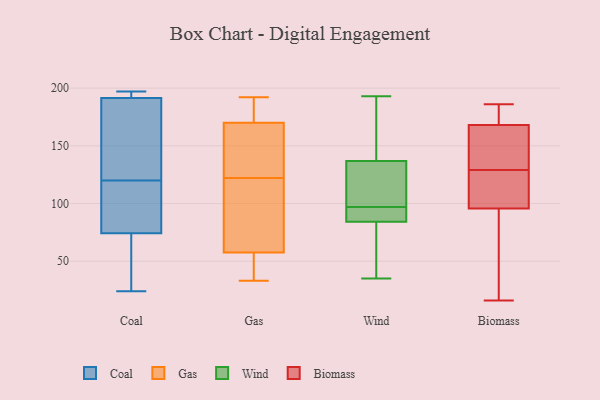
{"axis": {"x": "Customer Acquisition Cost (USD)", "y": "Value"}, "legend": ["Biomass", "Coal", "Gas", "Wind"], "data": [{"x": "", "y": 186, "type": "Coal"}, {"x": "", "y": 80, "type": "Coal"}, {"x": "", "y": 197, "type": "Coal"}, {"x": "", "y": 151, "type": "Coal"}, {"x": "", "y": 180, "type": "Coal"}, {"x": "", "y": 93, "type": "Coal"}, {"x": "", "y": 103, "type": "Coal"}, {"x": "", "y": 50, "type": "Coal"}, {"x": "", "y": 92, "type": "Coal"}, {"x": "", "y": 24, "type": "Coal"}, {"x": "", "y": 196, "type": "Coal"}, {"x": "", "y": 120, "type": "Coal"}, {"x": "", "y": 38, "type": "Coal"}, {"x": "", "y": 57, "type": "Coal"}, {"x": "", "y": 191, "type": "Coal"}, {"x": "", "y": 194, "type": "Coal"}, {"x": "", "y": 193, "type": "Coal"}, {"x": "", "y": 131, "type": "Gas"}, {"x": "", "y": 179, "type": "Gas"}, {"x": "", "y": 74, "type": "Gas"}, {"x": "", "y": 170, "type": "Gas"}, {"x": "", "y": 48, "type": "Gas"}, {"x": "", "y": 186, "type": "Gas"}, {"x": "", "y": 122, "type": "Gas"}, {"x": "", "y": 160, "type": "Gas"}, {"x": "", "y": 87, "type": "Gas"}, {"x": "", "y": 117, "type": "Gas"}, {"x": "", "y": 152, "type": "Gas"}, {"x": "", "y": 83, "type": "Gas"}, {"x": "", "y": 33, "type": "Gas"}, {"x": "", "y": 51, "type": "Gas"}, {"x": "", "y": 192, "type": "Gas"}, {"x": "", "y": 46, "type": "Gas"}, {"x": "", "y": 52, "type": "Gas"}, {"x": "", "y": 170, "type": "Gas"}, {"x": "", "y": 171, "type": "Gas"}, {"x": "", "y": 54, "type": "Wind"}, {"x": "", "y": 94, "type": "Wind"}, {"x": "", "y": 119, "type": "Wind"}, {"x": "", "y": 97, "type": "Wind"}, {"x": "", "y": 193, "type": "Wind"}, {"x": "", "y": 104, "type": "Wind"}, {"x": "", "y": 185, "type": "Wind"}, {"x": "", "y": 94, "type": "Wind"}, {"x": "", "y": 56, "type": "Wind"}, {"x": "", "y": 133, "type": "Wind"}, {"x": "", "y": 162, "type": "Wind"}, {"x": "", "y": 81, "type": "Wind"}, {"x": "", "y": 35, "type": "Wind"}, {"x": "", "y": 138, "type": "Wind"}, {"x": "", "y": 94, "type": "Wind"}, {"x": "", "y": 151, "type": "Biomass"}, {"x": "", "y": 145, "type": "Biomass"}, {"x": "", "y": 170, "type": "Biomass"}, {"x": "", "y": 186, "type": "Biomass"}, {"x": "", "y": 16, "type": "Biomass"}, {"x": "", "y": 168, "type": "Biomass"}, {"x": "", "y": 37, "type": "Biomass"}, {"x": "", "y": 27, "type": "Biomass"}, {"x": "", "y": 115, "type": "Biomass"}, {"x": "", "y": 136, "type": "Biomass"}, {"x": "", "y": 168, "type": "Biomass"}, {"x": "", "y": 129, "type": "Biomass"}, {"x": "", "y": 126, "type": "Biomass"}, {"x": "", "y": 184, "type": "Biomass"}, {"x": "", "y": 111, "type": "Biomass"}, {"x": "", "y": 50, "type": "Biomass"}, {"x": "", "y": 128, "type": "Biomass"}]}